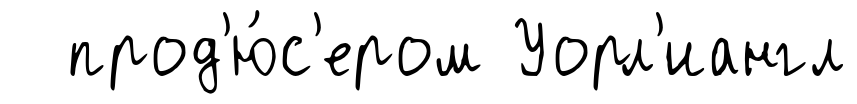
прод'ю́с'ером Уорл'иангл